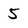
Character: 5